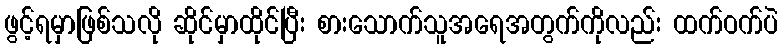
ဖွင့်ရမှာဖြစ်သလို ဆိုင်မှာထိုင်ပြီး စားသောက်သူအရေအတွက်ကိုလည်း ထက်ဝက်ပဲ